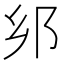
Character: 𨙵